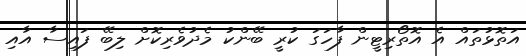
އަތޮޅުތައް އެ އޮތޯރިޓީން ފާހަގަ ކުރީ ބޭންކު މެދުވެރިކޮށް ލިބޭ ފައިސާ އާއި